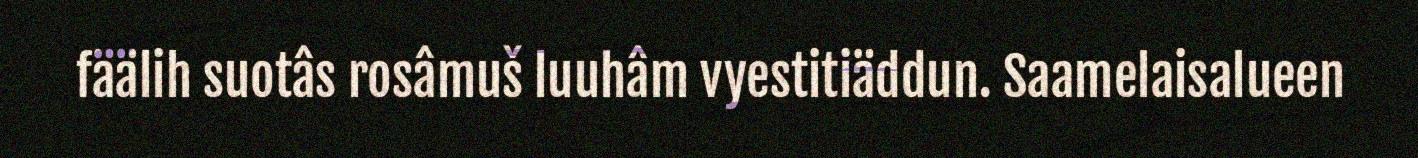
fäälih suotâs rosâmuš luuhâm vyestitiäddun. Saamelaisalueen